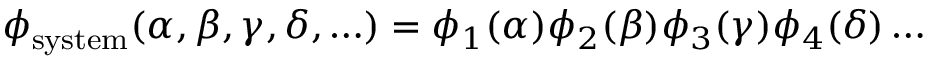
\phi _ { \mathrm { { s y s t e m } } } ( \alpha , \beta , \gamma , \delta , \ldots ) = \phi _ { 1 } ( \alpha ) \phi _ { 2 } ( \beta ) \phi _ { 3 } ( \gamma ) \phi _ { 4 } ( \delta ) \ldots